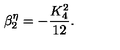
\beta _ { 2 } ^ { \eta } = - \frac { K _ { 4 } ^ { 2 } } { 1 2 } .